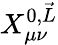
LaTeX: X_{\mu\nu}^{0,\vec{L}}